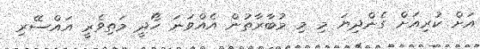
އަށް ކުރިއަށް ގެންދިޔަ މި މި މުބާރާތުން އެއްވަނަ ހޯދީ މަތިވެރީ އައްސޭރި